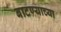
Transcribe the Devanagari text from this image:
बाटण्याच्या